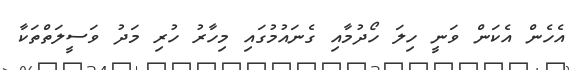
އެހެން އެކަން ވަނީ ހިލަ ހޯދުމާއި ގެނައުމުގައި މިހާރު ހުރި މަދު ވަސީލަތްތަކާ